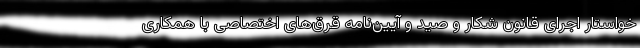
خواستار اجرای قانون شکار و صید و آیین‌نامه قرق‌های اختصاصی با همکاری